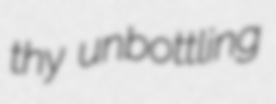
thy unbottling